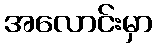
အလောင်းမှာ